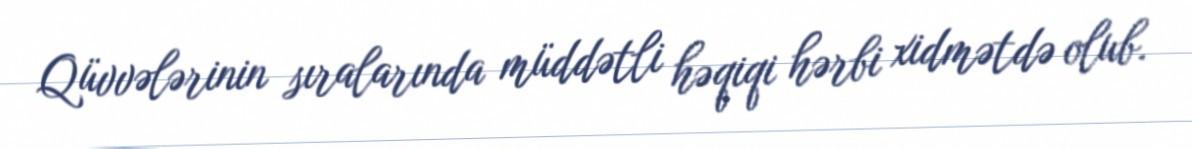
Qüvvələrinin sıralarında müddətli həqiqi hərbi xidmətdə olub.